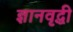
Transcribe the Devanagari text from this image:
ज्ञानवृद्धी